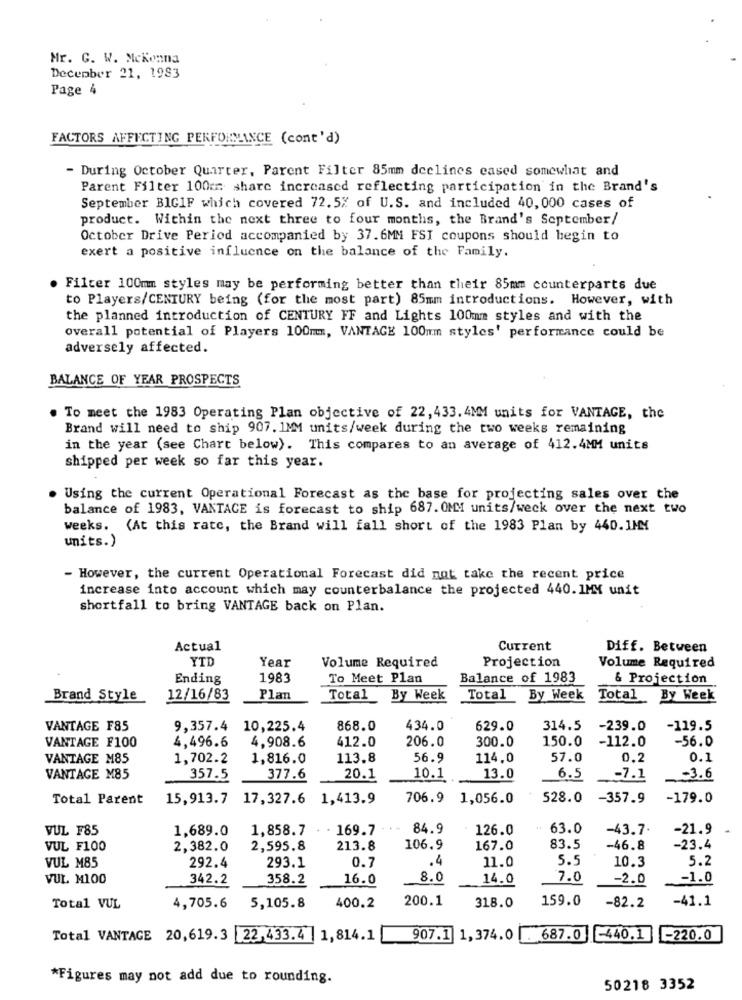
Mr. G. W. Mckenna
December 21, 1983
Page 4
FACTORS AFFECTING PERFORMANCE (cont'd)
- During October Quarter, Parent Filter 85mm declines cased somewhat and
Parent Filter 100cm share increased reflecting participation in the Brand's
September BIGIF which covered 72.5% of U.S. and included 40, 000 cases of
product. Within the next three to four months, the Brand's September/
October Drive Period accompanied by 37.6MM FSI coupons should begin to
exert a positive influence on the balance of the Family.
Filter 100mm styles may be performing better than their 85mm counterparts due
to Players/CENTURY being (for the most part) 85mm introductions. However, with
the planned introduction of CENTURY FF and Lights 100mm styles and with the
overall potential of Players 100mm, VANTAGE 100mm styles' performance could be
adversely affected.
BALANCE OF YEAR PROSPECTS
To meet the 1983 Operating Plan objective of 22, 433.4MM units for VANTAGE, the
Brand will need to ship 907. 1MM units/week during the two weeks remaining
in the year (see Chart below). This compares to an average of 412.4MM units
shipped per week so far this year.
. Using the current Operational Forecast as the base for projecting sales over the
balance of 1983, VANTACE is forecast to ship 687. 0MM units/weck over the next two
weeks. (At this rate, the Brand will fall short of the 1983 Plan by 440. IMM
units.)
- However, the current Operational Forecast did not take the recent price
increase into account which may counterbalance the projected 440. 1MM unit
shortfall to bring VANTAGE back on Plan.
Actual
Current
Diff. Between
YTD
Volume Required
Projection
Year
Volume Required
Ending
1983
To Meet Plan
Balance of 1983
& Projection
Brand Style
12/16/83
Plan
Total By Week
Total
By Week
Total
By Week
VANTAGE F85
9,357.4 10,225.4
868.0
434.0
629.0
314.5
-239.0
-119.5
4,496.6
4,908.6
412.0
206.0
150.0
-112.0
-56.0
VANTAGE F100
300.0
VANTAGE M85
1,702.2
1,816.0
113.8
56.9
114.0
57.0
0.2
0.1
VANTAGE M85
357.5
377.6
20.1
10.1
13.0
6.5
-7.1
-3.6
Total Parent
15,913.7
17,327.6
1,413.9
706.9
1,056.0
528.0
-357.9
-179.0
VUL F85
1,689.0
1,858.7
. 169.7
84.9
126.0
63.0
-43.7.
-21.9
VUL F100
2,382.0
2,595.8
213.8
106.9
167.0
83.5
-46.8
-23.4
VUL M85
293.1
.4
11.0
5.5
10.3
5.2
292.4
0.7
VUL. M100
342.2
358.2
16.0
8.0
14.0
7.0
-2.0
-1.0
400.2
200.1
318.0
159.0
-82.2
-41.1
Total VUL
4,705.6
5,105.8
Total VANTAGE 20,619.3 22,433.4 | 1,814.1
907.1 1,374.0
687.0 -440.1
L-220.0
*Figures may not add due to rounding.
50218 3352